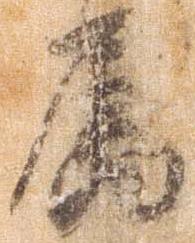
属